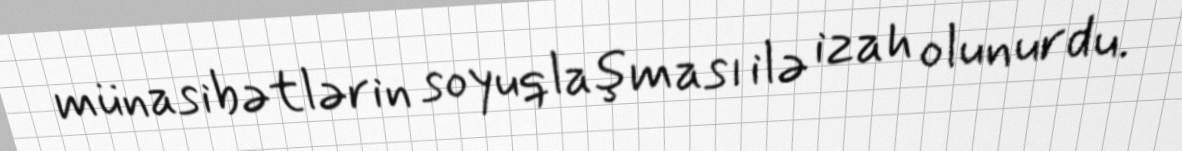
münasibətlərin soyuqlaşması ilə izah olunurdu.